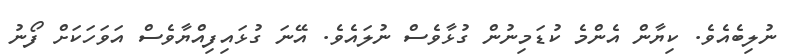
ނުލިބެއެވެ. ކިޔާން އެންމެ ކުޑަމިނުން ގުޅާވެސް ނުލައެވެ. އޭނަ ގުޅައިފިއްޔާވެސް އަވަހަކަށް ފޯނު